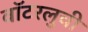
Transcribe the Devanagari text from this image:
वॉटरलुची